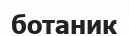
ботаник